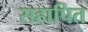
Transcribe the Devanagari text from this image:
सहापित